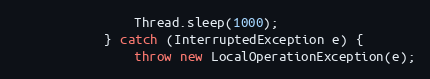
Language: Java
                Thread.sleep(1000);
            } catch (InterruptedException e) {
                throw new LocalOperationException(e);